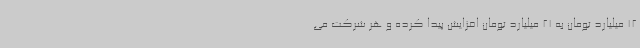
12 میلیارد تومان به 21 میلیارد تومان افزایش پیدا کرده و هر شرکت می